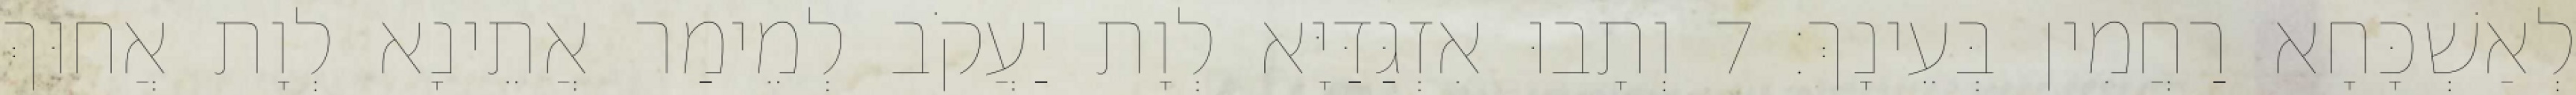
לְאַשְׁכָּחָא רַחֲמִין בְּעֵינָךְ׃ 7 וְתָבוּ אִזְגַּדַּיָּא לְוָת יַעֲקֹב לְמֵימַר אֲתֵינָא לְוָת אֲחוּךְ